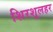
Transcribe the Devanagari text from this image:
शिरशूलहर